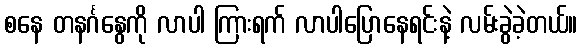
စနေ တနင်္ဂနွေကို လာပါ ကြားရက် လာပါပြောနေရင်းနဲ့ လမ်းခွဲခဲ့တယ်။